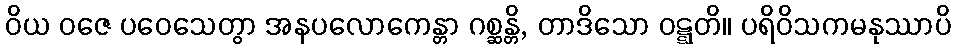
ဝိယ ဝဇေ ပဝေသေတွာ အနပလောကေန္တာ ဂစ္ဆန္တိ, တာဒိသော ဝဋ္ဋတိ။ ပရိဝိသကမနုဿာပိ